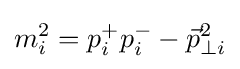
m_{i}^{2}=p_{i}^{+}p_{i}^{-}-{\vec {p}}_{\perp i}^{2}